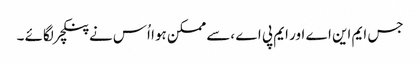
جس ایم این اے اور ایم پی اے ،سے ممکن ہوا اُس نے پنکچر لگائے ۔